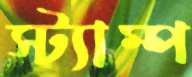
স্ট্যাম্প